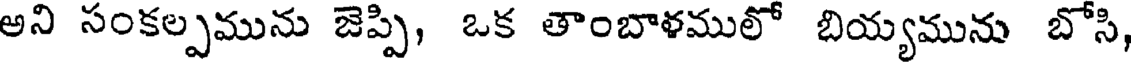
అని సంకల్పమును జెప్పి, ఒక తాంబాళములో బియ్యమును బోసి,